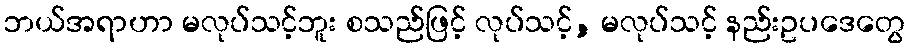
ဘယ်အရာဟာ မလုပ်သင့်ဘူး စသည်ဖြင့် လုပ်သင့်, မလုပ်သင့် နည်းဥပဒေတွေ